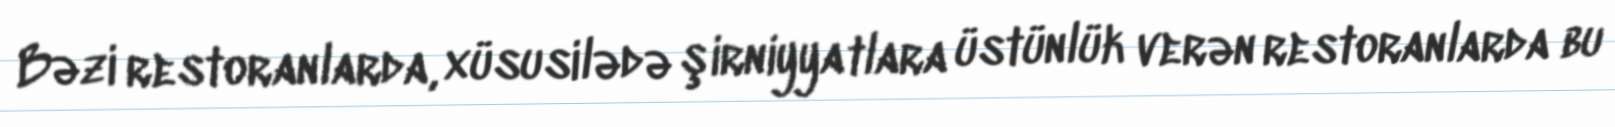
Bəzi restoranlarda, xüsusilədə şirniyyatlara üstünlük verən restoranlarda bu